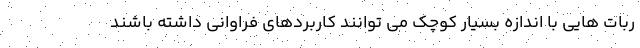
ربات هایی با اندازه بسیار کوچک می توانند کاربردهای فراوانی داشته باشند